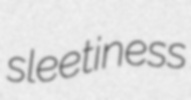
sleetiness